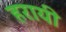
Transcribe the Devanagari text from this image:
हरायी